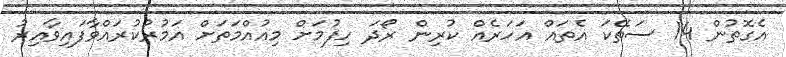
އެގޮތުން 14 ސަތޭކަ އެތައް އަހަރެއް ކުރިން ރޯދަ ހިފުމަށް މިއުއްމަތަށް އަމުރުކުރައްވާފައިވާއިރު